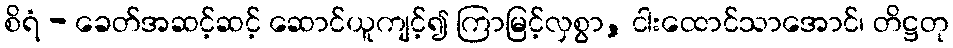
စိရံ - ခေတ်အဆင့်ဆင့် ဆောင်ယူကျင့်၍ ကြာမြင့်လှစွာ, ငါးထောင်သာအောင်၊ တိဋ္ဌတု